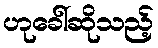
ဟုခေါ်ဆိုသည့်